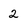
Character: 2